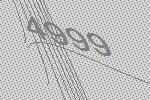
4999